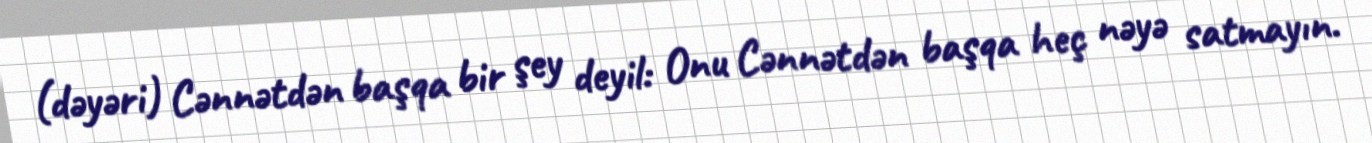
(dəyəri) Cənnətdən başqa bir şey deyil: Onu Cənnətdən başqa heç nəyə satmayın.